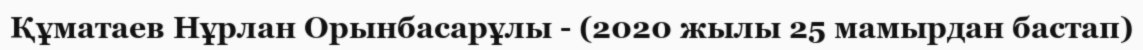
Құматаев Нұрлан Орынбасарұлы - (2020 жылы 25 мамырдан бастап)